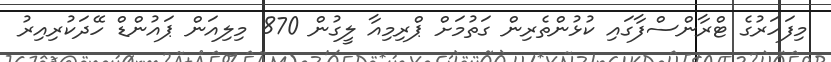
މިފަހަރުގެ ޓްރާންސްފާގައި ކުޅުންތެރިން ގަތުމަށް ޕްރިމިއާ ލީގުން 870 މިލިއަން ޕައުންޑް ހޭދަކުރިއިރު